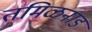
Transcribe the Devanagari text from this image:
तमिळनाड